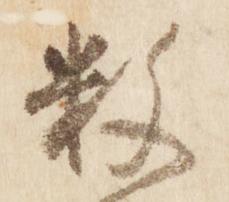
数